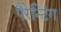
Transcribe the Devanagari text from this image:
पैरेन्टिंग